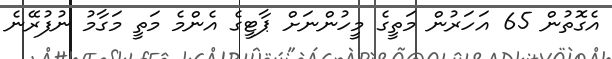
އެގޮތުން 65 އަހަރުން މަތީގެ މީހުންނަށް ޕާޓީގެ އެންމެ މަތީ މަގާމު ނުފުރޭނެ